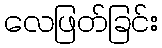
လေဖြတ်ခြင်း